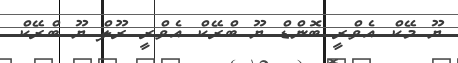
ޔޫ މޭކް އެވްރީ ބޮންޑް ޔޫ ބްރޭކް އެވްރީ ރޫލް ޔޫ ބްރޭކް